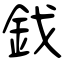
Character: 鈛